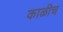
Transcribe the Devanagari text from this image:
काळीच